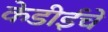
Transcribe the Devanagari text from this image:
केडीईचे